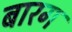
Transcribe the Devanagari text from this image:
बारग